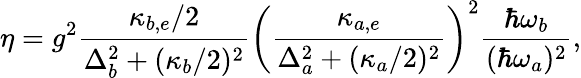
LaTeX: \eta=g^{2}\frac{\kappa_{b,e}/2}{\Delta_{b}^{2}+(\kappa_{b}/2)^{2}}\bigg(\frac{\kappa_{a,e}}{\Delta_{a}^{2}+(\kappa_{a}/2)^{2}}{}\bigg)^{2}\frac{\hbar\omega_{b}}{(\hbar\omega_{a})^{2}},